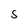
Character: S